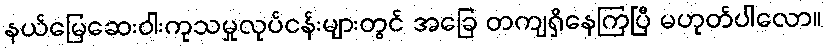
နယ်မြေဆေးဝါးကုသမှုလုပ်ငန်းများတွင် အခြေ တကျရှိနေကြပြီ မဟုတ်ပါလော။